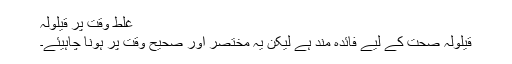
غلط وقت پر قیلولہ
قیلولہ صحت کے لیے فائدہ مند ہے لیکن یہ مختصر اور صحیح وقت پر ہونا چاہیئے۔